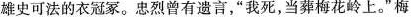
雄史可法的衣冠冢。忠烈曾有遗言，我死，当葬梅花岭上。”梅